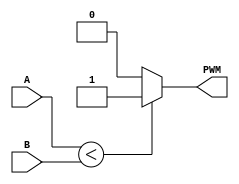
`timescale 1ns / 1ps
//////////////////////////////////////////////////////////////////////////////////
// Company: 
// Engineer: 
// 
// Design Name: 
// Module Name: angle_decoder
// Project Name: 
// Target Devices: 
// Tool Versions: 
// Description: 
// 
// Dependencies: 
// 
// Revision:
// Revision 0.01 - File Created
// Additional Comments:
// 
//////////////////////////////////////////////////////////////////////////////////

// Bu kod kismi PWM sinyalinin olusturmada karsilastirma yapmak icin yazildi. 

module comparator (
	input [19:0] A,
	input [19:0] B,
	output reg PWM
);

    // A ve B oldugu surece bu kod calisir.
	always @ (A,B)
	begin
	// A<B ise output=1
	if (A < B)
		begin
		PWM <= 1'b1;
		end
	// A>B ise output =0
	else 
		begin
		PWM <= 1'b0;
		end
	end
endmodule